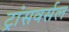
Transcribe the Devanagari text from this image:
ट्रांसवर्सल